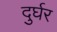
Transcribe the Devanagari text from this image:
दुर्घर